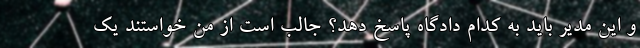
و این مدیر باید به کدام دادگاه پاسخ دهد؟ جالب است از من خواستند یک